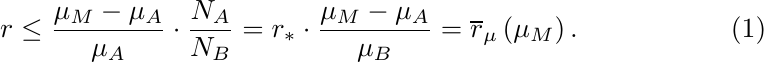
		\begin{equation}
			r \le \frac{\mu_M - \mu_A}{\mu_A} \cdot \frac{N_A}{N_B} = r_{\ast} \cdot \frac{\mu_M - \mu_A}{\mu_B} = \overline{r}_{\mu}\left(\mu_M\right). \label{upev}
		\end{equation}